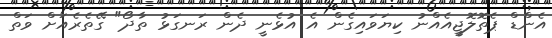
އެންޑް ޕެތޮލޮޖީއެއްނު ކިޔަވައިގެން އެ އުޅެނީ ދެން ރަނގަޅު ތާދޯ" ގޭތެރެއަށް ވަތް